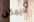
لايمكن